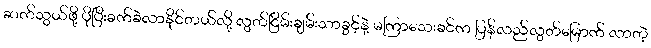
ဆက်သွယ်ဖို့ ပိုပြီးခက်ခဲလာနိုင်တယ်လို့ လွတ်ငြိမ်းချမ်းသာခွင့်နဲ့ မကြာသေးခင်က ပြန်လည်လွတ်မြောက် လာတဲ့